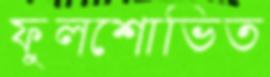
ফুলশোভিত